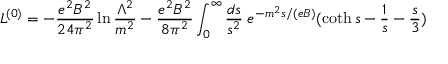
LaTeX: { \cal L } ^ { ( 0 ) } = - \frac { e ^ { 2 } B ^ { 2 } } { 2 4 \pi ^ { 2 } } \ln \frac { \Lambda ^ { 2 } } { m ^ { 2 } } - \frac { e ^ { 2 } B ^ { 2 } } { 8 \pi ^ { 2 } } \int _ { 0 } ^ { \infty } \frac { d s } { s ^ { 2 } } \; e ^ { - m ^ { 2 } s / ( e B ) } ( \coth s - \frac { 1 } { s } - \frac { s } { 3 } )